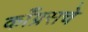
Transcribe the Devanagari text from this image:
काँग्रसचे